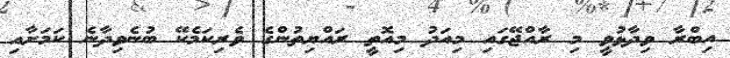
އިބްރާ ވިދާޅުވީ މި ރާއްޖޭގައި މިއަދު މިއޮތީ ރައްޔިތުންގެ ވެރިކަމެކޭ ބުނެވިދާނެ ކަމަށާއި